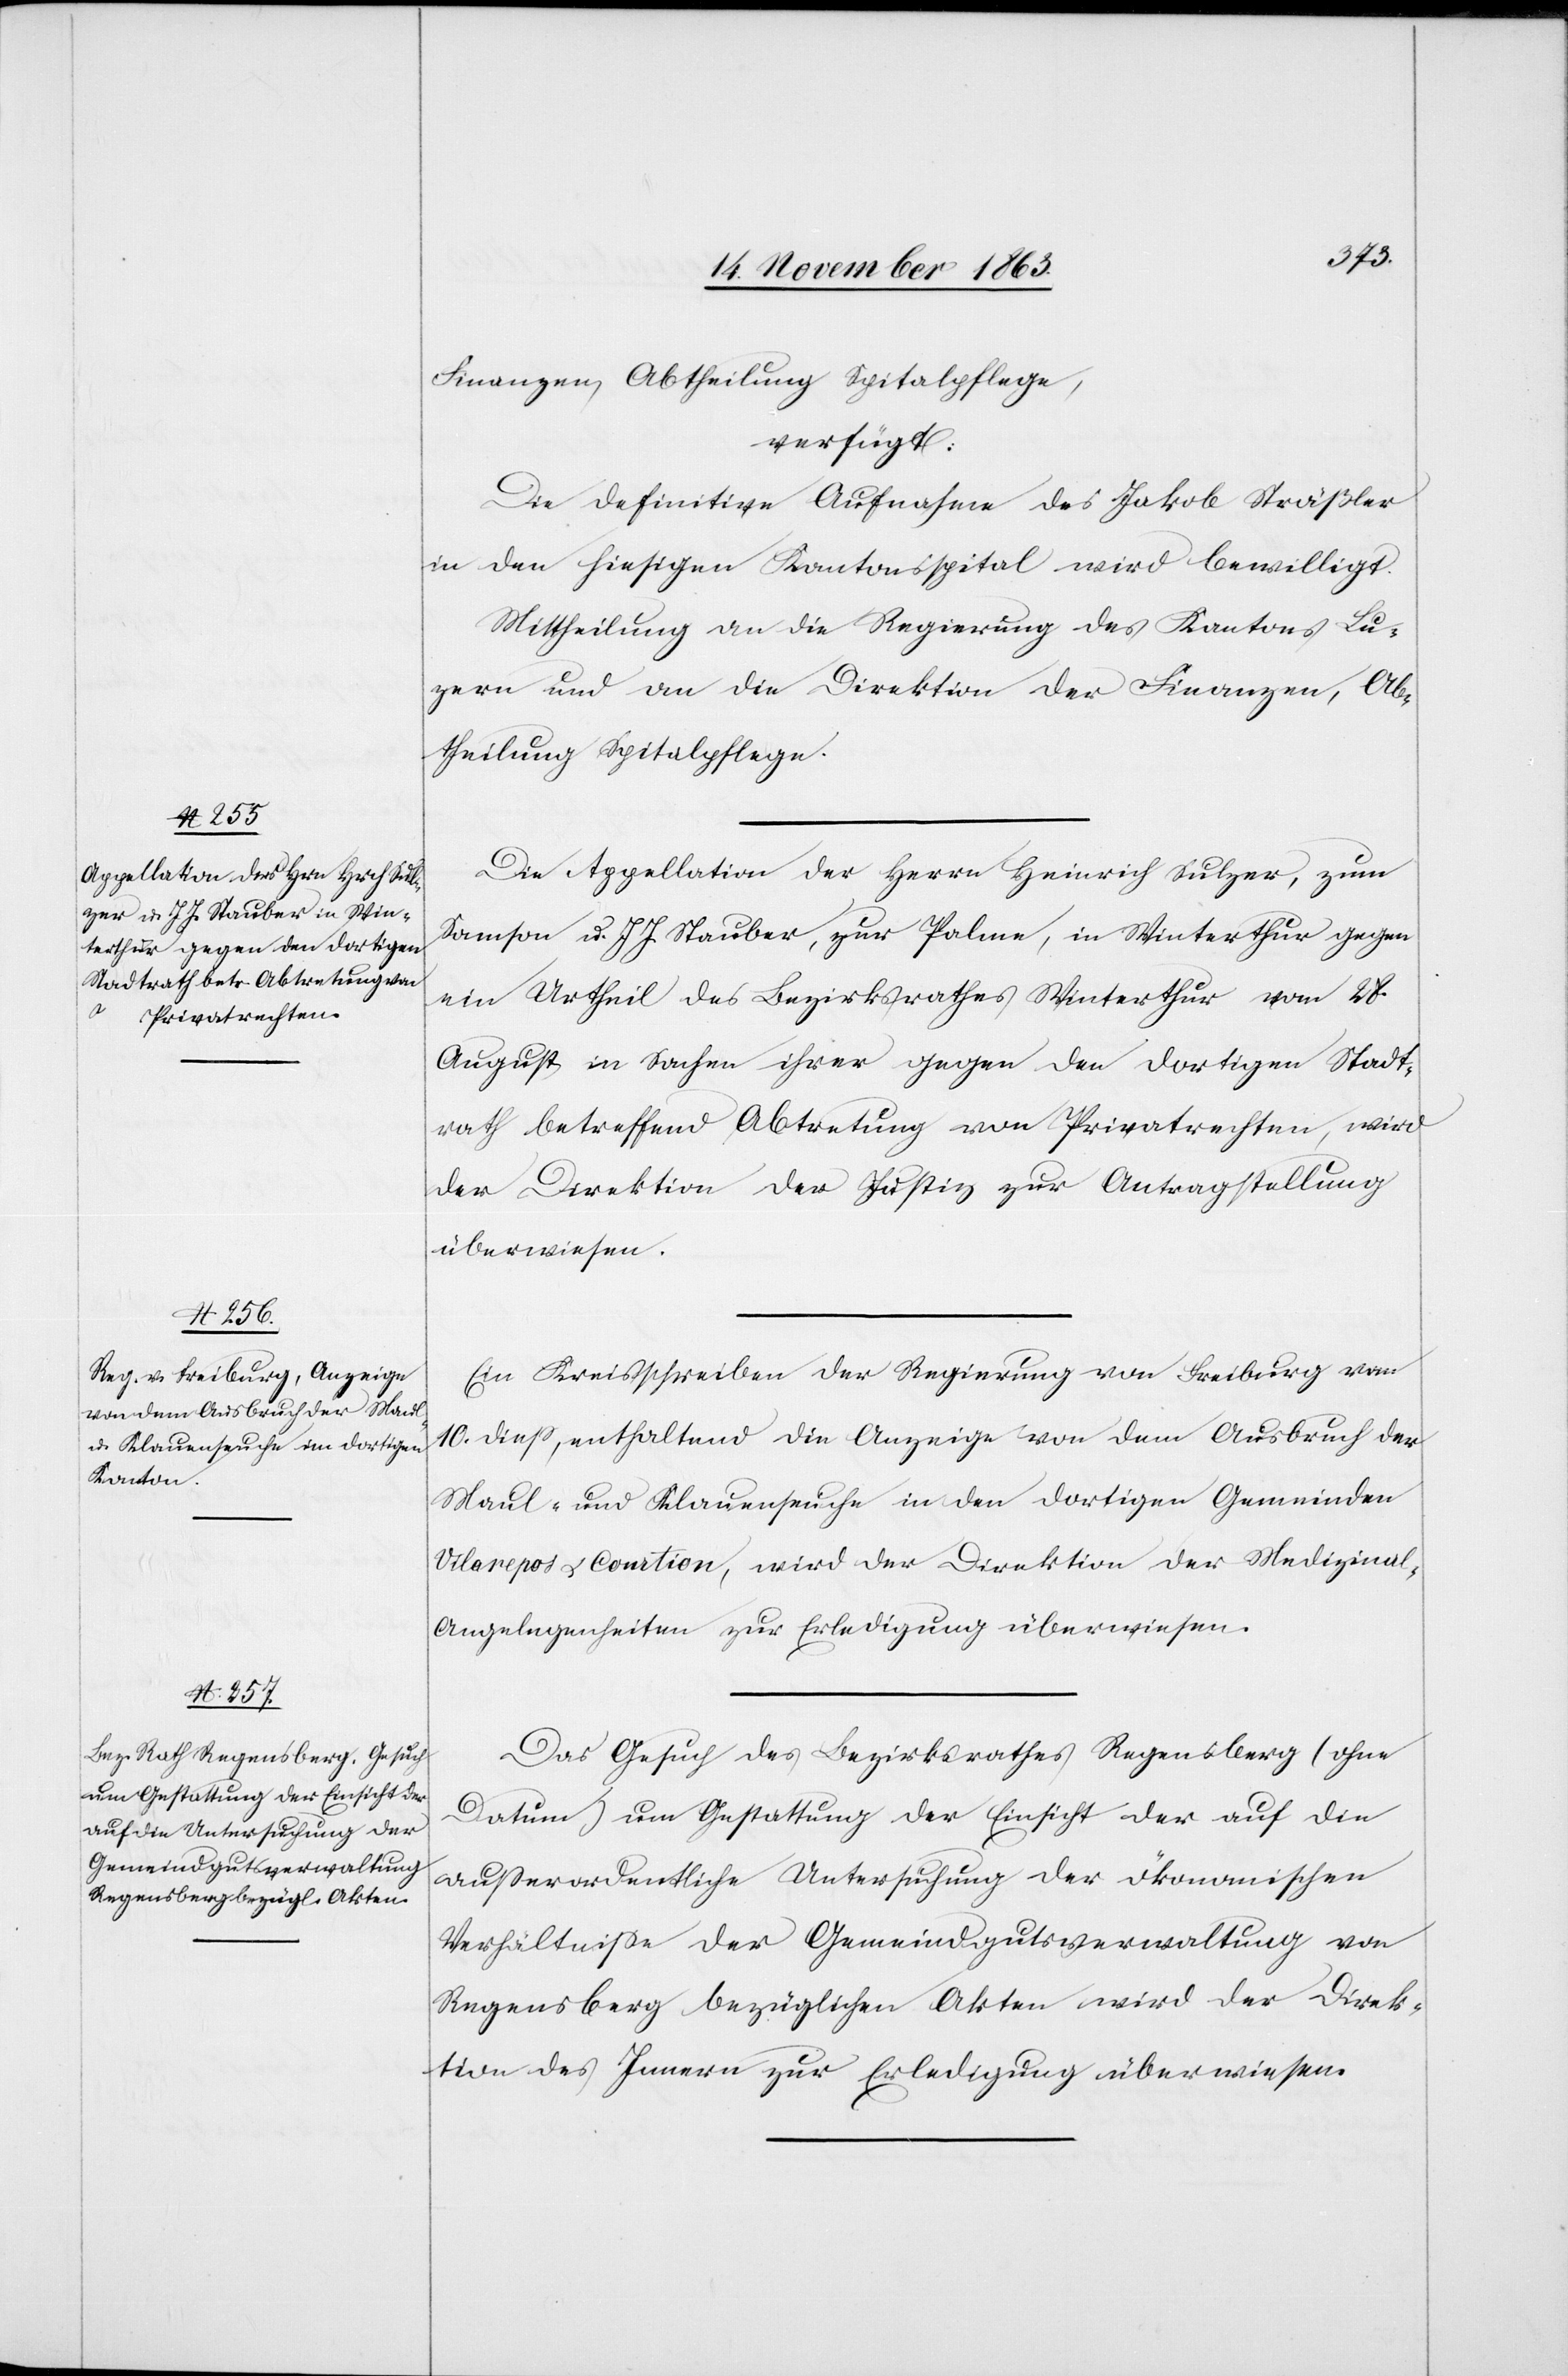
Finanzen, Abtheilung Spitalpflege,
verfügt:
Die definitive Aufnahme des Jakob Sträßler
in den hiesigen Kantonsspital wird bewilligt.
Mittheilung an die Regierung des Kantons Lu¬
zern und an die Direktion der Finanzen, Ab¬
theilung Spitalpflege.
Die Appellation der Herrn Heinrich Sulzer, zum
Samson u. J J. Stauber, zur Palme, in Winterthur gegen
ein Urtheil des Bezirksrathes Winterthur vom 28.
August in Sachen ihrer gegen den dortigen Stadt¬
rath betreffend Abtretung von Privatrechten, wird
der Direktion der Justiz zur Antragstellung
überwiesen.
Ein Kreisschreiben der Regierung von Freiburg vom
10. diess, enthaltend die Anzeige von dem Ausbruch der
Maul- und Klauenseuche in den dortigen Gemeinden
Vilarepos u. Courtion, wird der Direktion der Medizina¬
l-Angelegenheiten zur Erledigung überwiesen.
Das Gesuch des Bezirksrathes Regensberg (ohne
Datum) um Gestattung der Einsicht der auf die
ausserordentliche Untersuchung der ökonomischen
Verhältnisse der Gemeindgutsverwaltung von
Regensberg bezüglichen Akten wird der Direk¬
tion des Innern zur Erledigung überweisen.